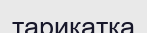
тарикатқа